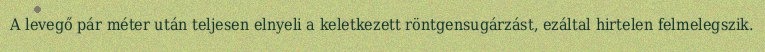
A levegő pár méter után teljesen elnyeli a keletkezett röntgensugárzást, ezáltal hirtelen felmelegszik.